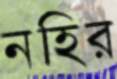
নহির